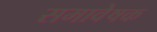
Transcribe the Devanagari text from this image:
समावेषक